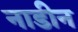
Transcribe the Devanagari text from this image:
नाडीन